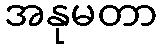
အနုမတာ